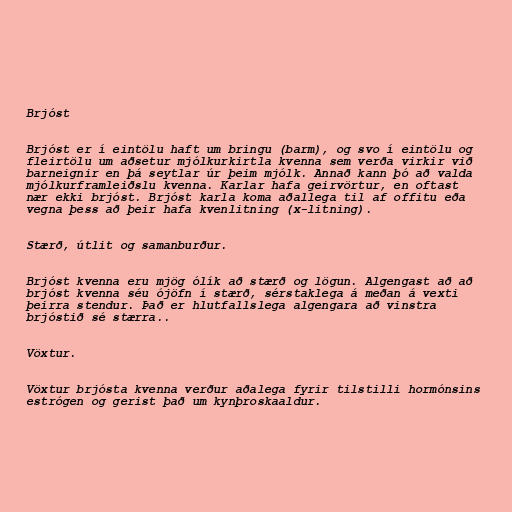
Brjóst

Brjóst er í eintölu haft um bringu (barm), og svo í eintölu og
fleirtölu um aðsetur mjólkurkirtla kvenna sem verða virkir við
barneignir en þá seytlar úr þeim mjólk. Annað kann þó að valda
mjólkurframleiðslu kvenna. Karlar hafa geirvörtur, en oftast
nær ekki brjóst. Brjóst karla koma aðallega til af offitu eða
vegna þess að þeir hafa kvenlitning (x-litning).

Stærð, útlit og samanburður.

Brjóst kvenna eru mjög ólík að stærð og lögun. Algengast að að
brjóst kvenna séu ójöfn í stærð, sérstaklega á meðan á vexti
þeirra stendur. Það er hlutfallslega algengara að vinstra
brjóstið sé stærra..

Vöxtur.

Vöxtur brjósta kvenna verður aðalega fyrir tilstilli hormónsins
estrógen og gerist það um kynþroskaaldur.